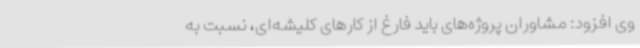
وی افزود: مشاوران پروژه‌های باید فارغ از کارهای کلیشه‌ای، نسبت به